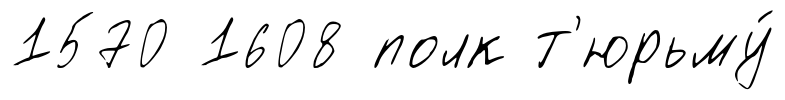
1570 1608 полк т'юрьму́